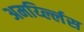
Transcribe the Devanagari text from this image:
अमर्य्ल्लिस